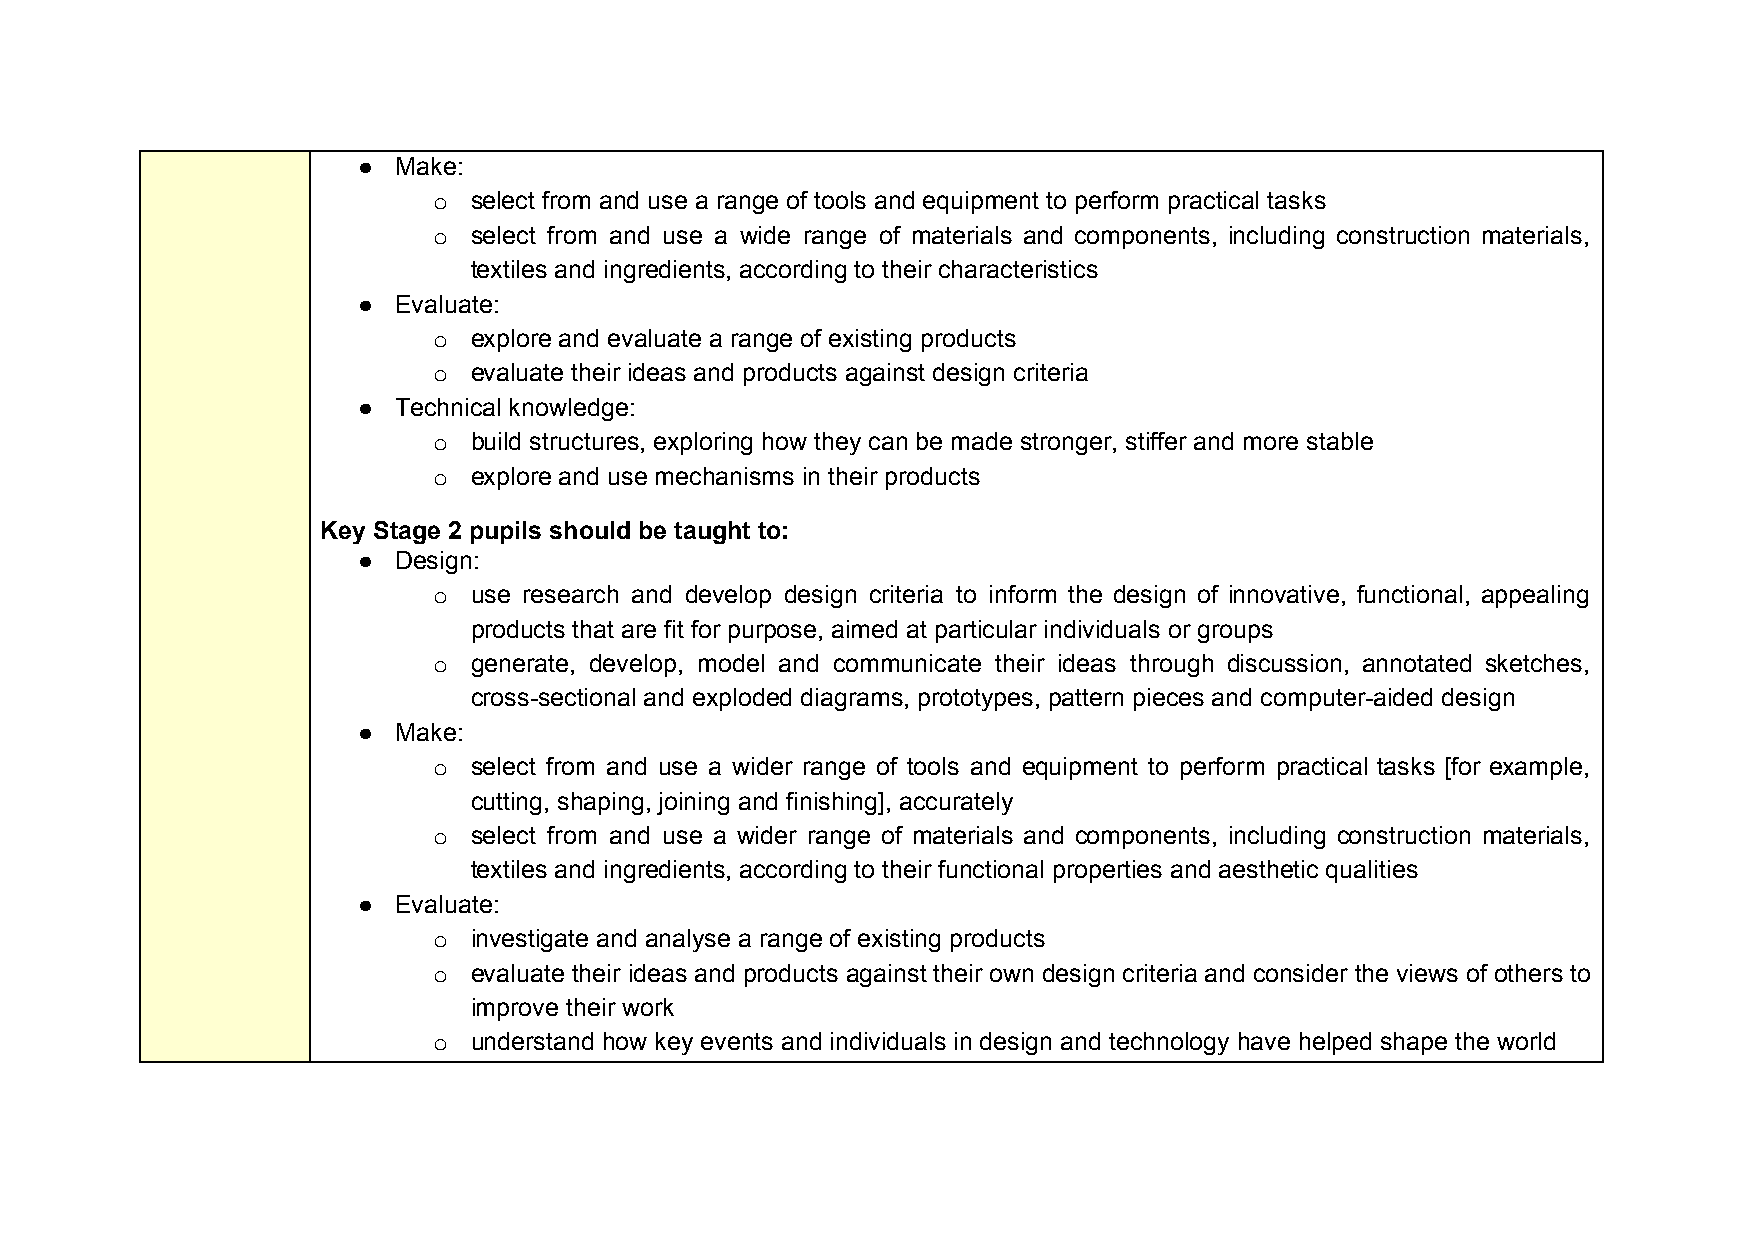
● Make:
 o select from and use a range of tools and equipment to perform practical tasks
 o select from and use a wide range of materials and components, including construction materials,
 textiles and ingredients, according to their characteristics
 ● Evaluate:
 o explore and evaluate a range of existing products
 o evaluate their ideas and products against design criteria
 ● Technical knowledge:
 o build structures, exploring how they can be made stronger, stiffer and more stable
 o explore and use mechanisms in their products
 Key Stage 2 pupils should be taught to:
 ● Design:
 o use research and develop design criteria to inform the design of innovative, functional, appealing
 products that are fit for purpose, aimed at particular individuals or groups
 o generate, develop, model and communicate their ideas through discussion, annotated sketches,
 cross-sectional and exploded diagrams, prototypes, pattern pieces and computer-aided design
 ● Make:
 o select from and use a wider range of tools and equipment to perform practical tasks [for example,
 cutting, shaping, joining and finishing], accurately
 o select from and use a wider range of materials and components, including construction materials,
 textiles and ingredients, according to their functional properties and aesthetic qualities
 ● Evaluate:
 o investigate and analyse a range of existing products
 o evaluate their ideas and products against their own design criteria and consider the views of others to
 improve their work
 o understand how key events and individuals in design and technology have helped shape the world